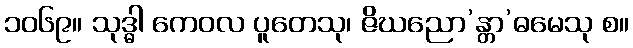
၁၀၆၉။ သုဒ္ဓါ ကေဝလ ပူတေသု၊ ဇိဃညော’န္တာ’ဓမေသု စ။